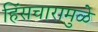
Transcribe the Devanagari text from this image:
हिंसचारामुळे